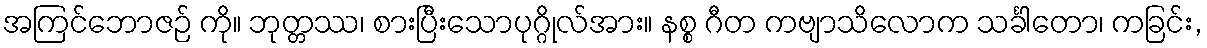
အကြင်ဘောဇဉ် ကို။ ဘုတ္တဿ၊ စားပြီးသောပုဂ္ဂိုလ်အား။ နစ္စ ဂီတ ကဗျာသိလောက သင်္ခါတော၊ ကခြင်း,